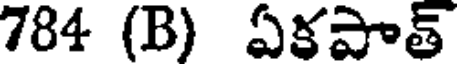
784 (B) ఏకపాత్